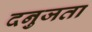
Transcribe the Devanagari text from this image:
दनुजता